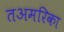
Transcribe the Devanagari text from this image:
तअमरिका